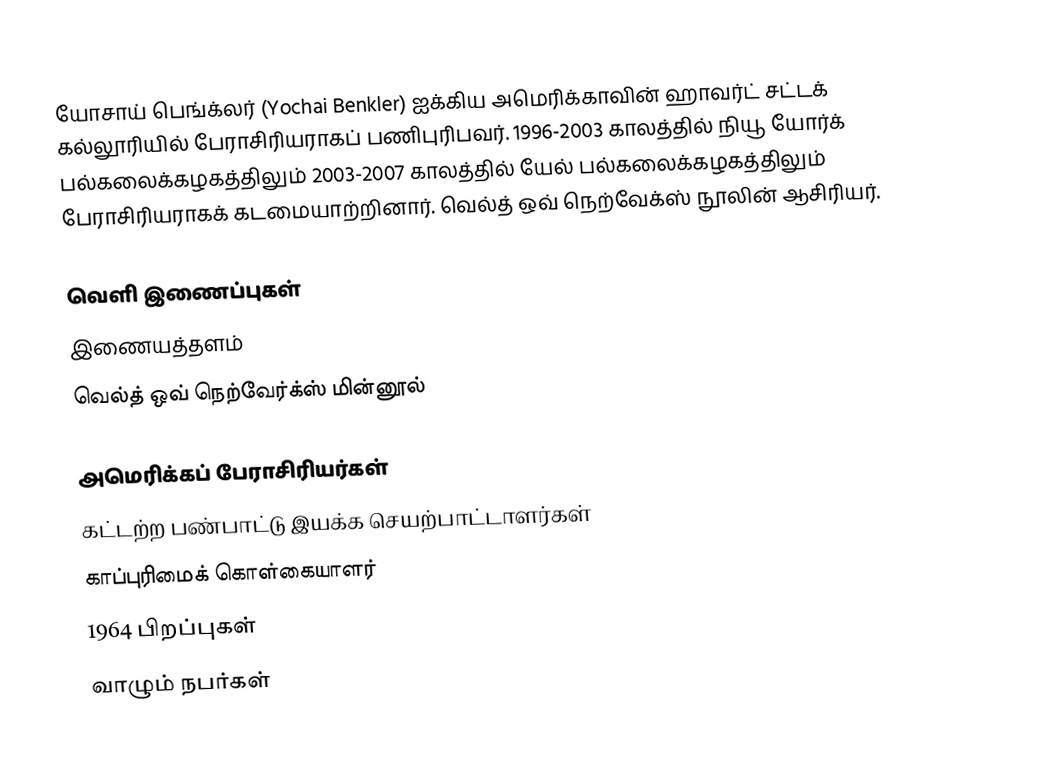
யோசாய் பெங்க்லர் (Yochai Benkler) ஐக்கிய அமெரிக்காவின் ஹாவர்ட் சட்டக் கல்லூரியில் பேராசிரியராகப் பணிபுரிபவர். 1996-2003 காலத்தில் நியூ யோர்க் பல்கலைக்கழகத்திலும் 2003-2007 காலத்தில் யேல் பல்கலைக்கழகத்திலும் பேராசிரியராகக் கடமையாற்றினார். வெல்த் ஒவ் நெற்வேக்ஸ் நூலின் ஆசிரியர்.

வெளி இணைப்புகள்
 இணையத்தளம்
 வெல்த் ஒவ் நெற்வேர்க்ஸ் மின்னூல்

அமெரிக்கப் பேராசிரியர்கள்
கட்டற்ற பண்பாட்டு இயக்க செயற்பாட்டாளர்கள்
காப்புரிமைக் கொள்கையாளர்
1964 பிறப்புகள்
வாழும் நபர்கள்